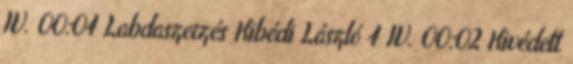
IV. 00:04 Labdaszerzés Kibédi László 4 IV. 00:02 Kivédett